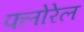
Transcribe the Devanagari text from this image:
फ्लोरेल